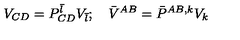
V _ { C D } = P _ { C D } ^ { \bar { l } } V _ { \bar { l } } ; \quad \bar { V } ^ { A B } = \bar { P } ^ { A B , k } V _ { k }